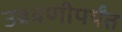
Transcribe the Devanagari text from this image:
उबवणीपर्यंत